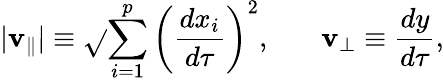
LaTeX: |\mathbf{v}_{\parallel}|\equiv\sqrt{}{{\sum_{i=1}^{p}\left({\frac{{dx_{i}}}{{d\tau}}}\right)^{2}}},\ \ \ \ \ \ \ \mathbf{v}_{\perp}\equiv{\frac{{dy}}{{d\tau}}},